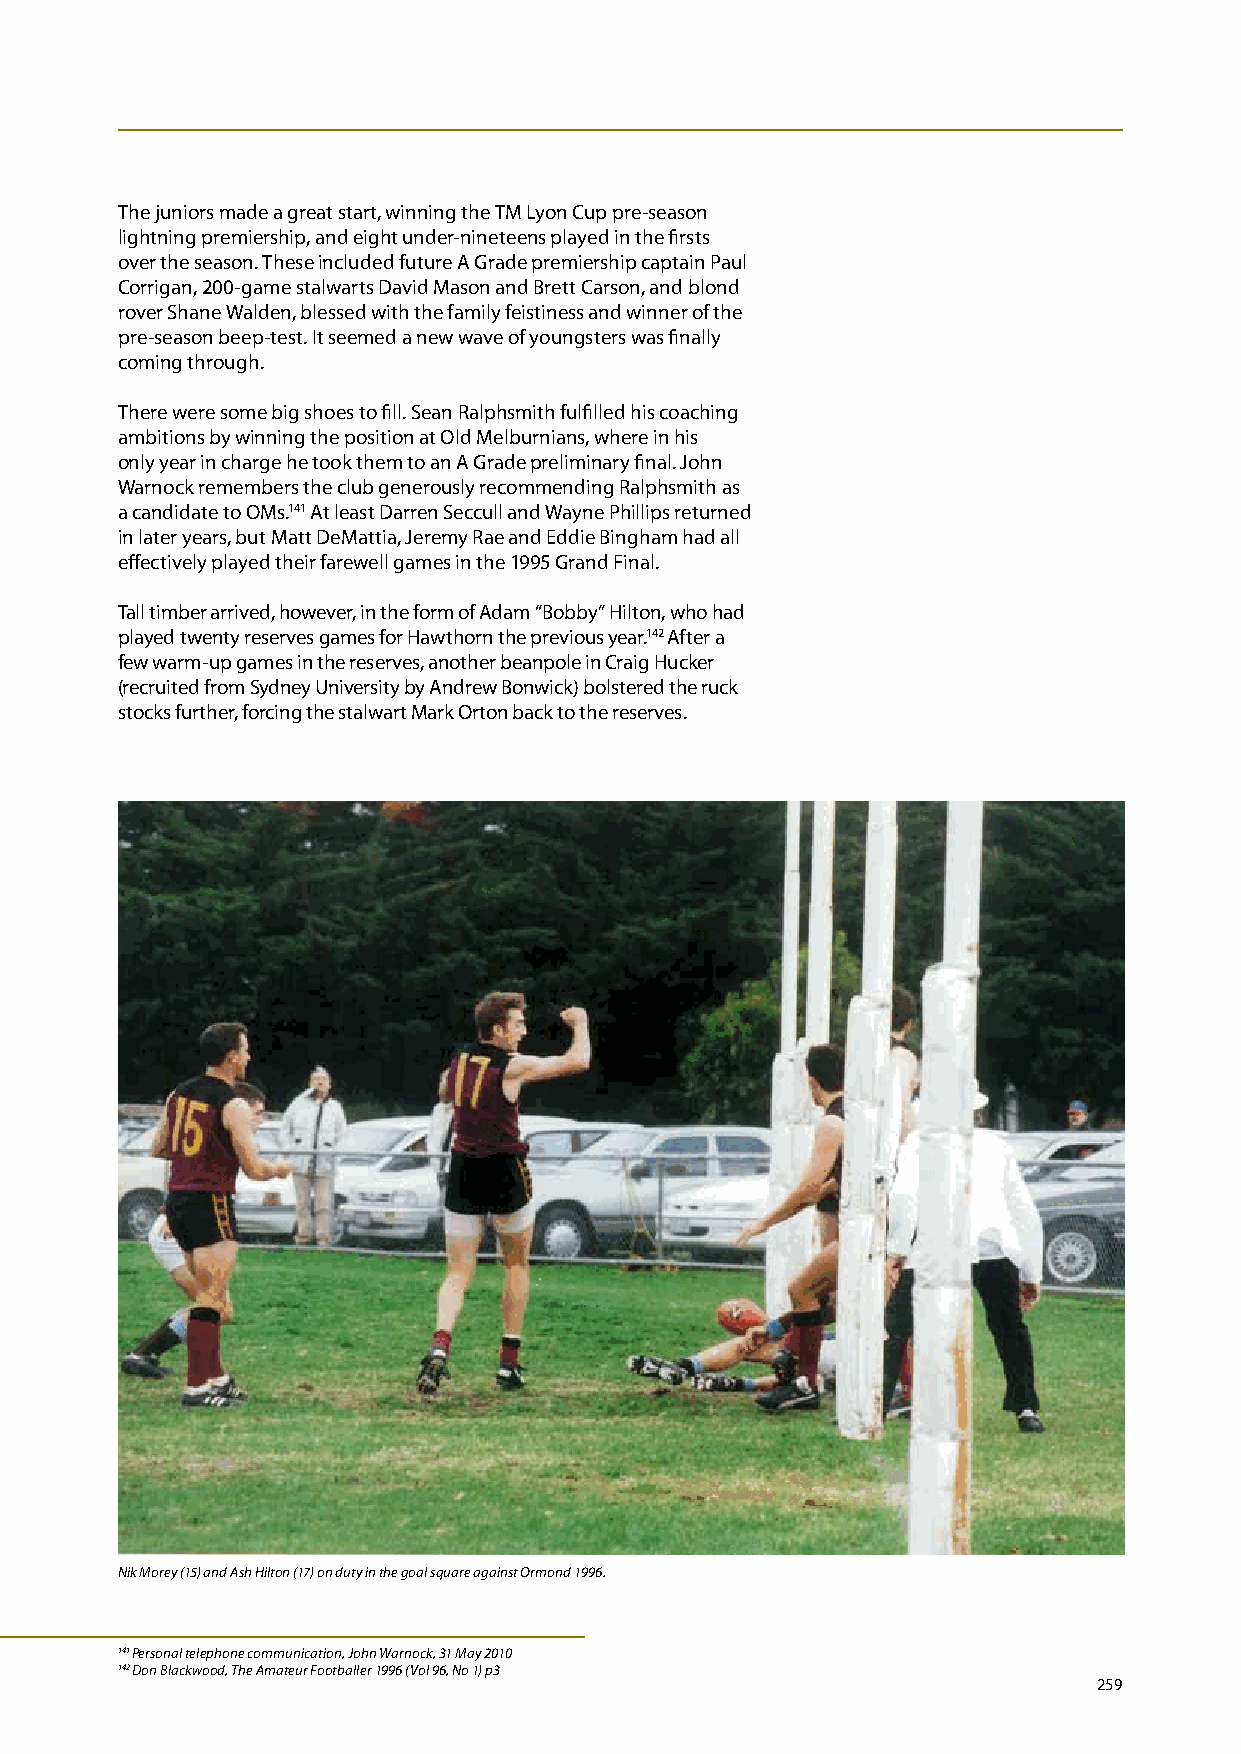
The juniors made a great start, winning the TM Lyon Cup pre-season
 lightning premiership, and eight under-nineteens played in the firsts
 over the season. These included future A Grade premiership captain Paul
 Corrigan, 200-game stalwarts David Mason and Brett Carson, and blond
 rover Shane Walden, blessed with the family feistiness and winner of the
 pre-season beep-test. It seemed a new wave of youngsters was finally
 coming through.
 There were some big shoes to fill. Sean Ralphsmith fulfilled his coaching
 ambitions by winning the position at Old Melburnians, where in his
 only year in charge he took them to an A Grade preliminary final. John
 Warnock remembers the club generously recommending Ralphsmith as
 a candidate to OMs.141 At least Darren Seccull and Wayne Phillips returned
 in later years, but Matt DeMattia, Jeremy Rae and Eddie Bingham had all
 effectively played their farewell games in the 1995 Grand Final.
 Tall timber arrived, however, in the form of Adam “Bobby” Hilton, who had
 played twenty reserves games for Hawthorn the previous year.142 After a
 few warm-up games in the reserves, another beanpole in Craig Hucker
 (recruited from Sydney University by Andrew Bonwick) bolstered the ruck
 stocks further, forcing the stalwart Mark Orton back to the reserves.
 Nik Morey (15) and Ash Hilton (17) on duty in the goal square against Ormond 1996.
 141 Personal telephone communication, John Warnock, 31 May 2010
 142 Don Blackwood, The Amateur Footballer 1996 (Vol 96, No 1) p3
 259